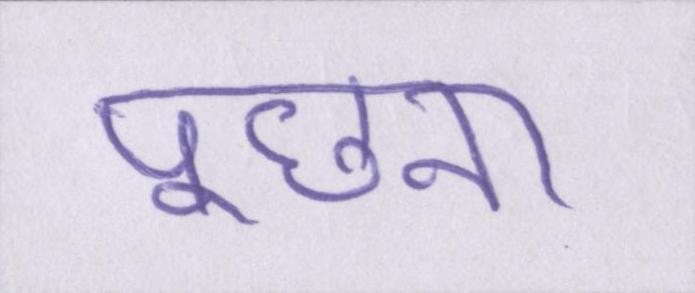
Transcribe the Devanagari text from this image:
पूछना